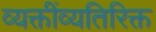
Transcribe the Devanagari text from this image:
व्यक्तींव्यतिरिक्त